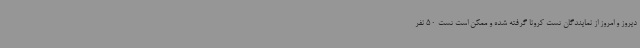
دیروز و امروز از نمایندگان تست کرونا گرفته شده و ممکن است تست 50 نفر